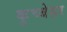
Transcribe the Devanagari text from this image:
कुच्बेहर